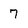
Character: 7